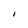
Character: I